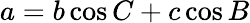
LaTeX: a=b\cos C+c\cos B